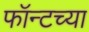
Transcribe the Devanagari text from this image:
फॉन्टच्या